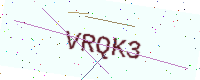
Text: VRQK3